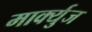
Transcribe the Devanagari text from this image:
मार्क्युज